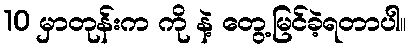
10 မှာတုန်းက ကို နဲ့ တွေ့မြင်ခဲ့ရတာပါ။